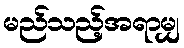
မည်သည့်အရာမျှ